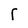
Character: r